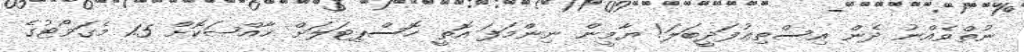
ނުތްވެއްނު ދެން އިސްތިޢުފަދީބަލަ! ޔާމީން ނިންމަފަ އޮތީ ހޮސްޕިޓަލަށް ޚާއްޞަކޮށް 1.5 މެގަވޯޓުގެ